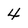
Character: 4